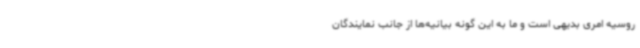
روسیه امری بدیهی است و ما به این گونه بیانیه‌ها از جانب نمایندگان